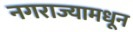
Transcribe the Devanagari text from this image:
नगराज्यामधून